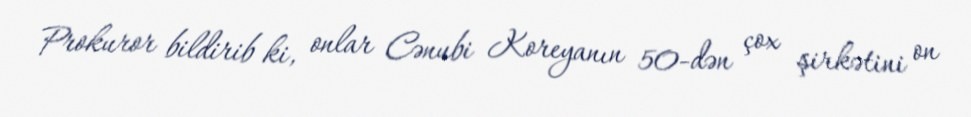
Prokuror bildirib ki, onlar Cənubi Koreyanın 50-dən çox şirkətini on